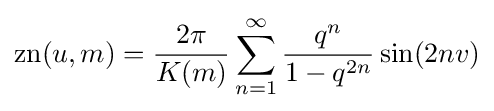
\operatorname {zn} (u,m)={\frac {2\pi }{K(m)}}\sum _{n=1}^{\infty }{\frac {q^{n}}{1-q^{2n}}}\sin(2nv)